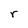
Character: r